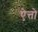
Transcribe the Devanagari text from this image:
ऐत्तो